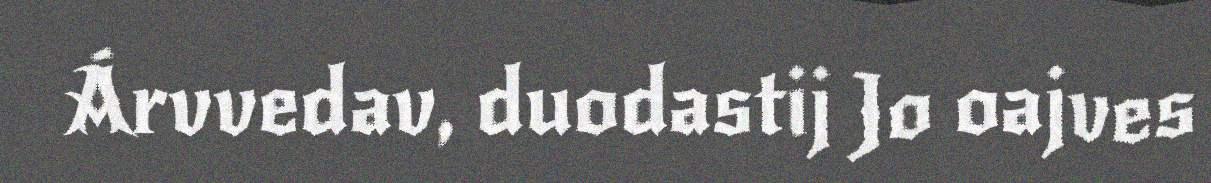
Árvvedav, duodastij Jo oajves